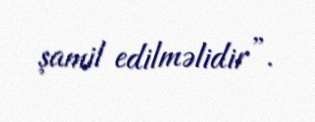
şamil edilməlidir”.